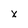
Character: x